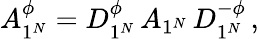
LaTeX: A_{1^{N}}^{\phi}=D_{1^{N}}^{\phi}\, A_{1^{N}}\, D_{1^{N}}^{-\phi}\, ,